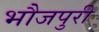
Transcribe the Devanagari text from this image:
भौजपुरी